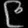
Digit: ၉